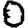
Digit: 0